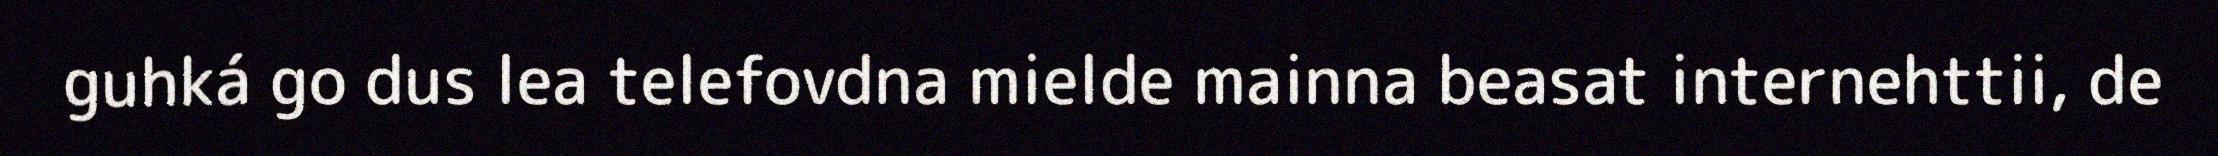
guhká go dus lea telefovdna mielde mainna beasat internehttii, de